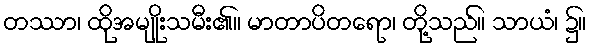
တဿာ၊ ထိုအမျိုးသမီး၏။ မာတာပိတရော၊ တို့သည်။ သာယံ၊ ၌။